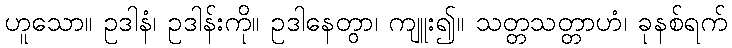
ဟူသော။ ဥဒါနံ၊ ဥဒါန်းကို။ ဥဒါနေတွာ၊ ကျူး၍။ သတ္တသတ္တာဟံ၊ ခုနစ်ရက်